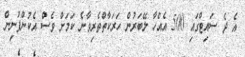
އެ ދެ ސައިޓްގައި 500 އެއްހާ ލޭބަރުން ހަރަކާތްތެރިވާނެ ކަމަށް ވެސް އެކުންފުނިން